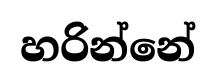
හරින්නේ